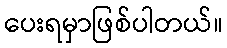
ပေးရမှာဖြစ်ပါတယ်။